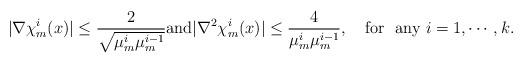
LaTeX: \begin{align*}|\nabla\chi_m^i(x)|\leq \frac{2}{\sqrt{\mu_m^i\mu_m^{i-1}}}{\rm and } |\nabla^2\chi_m^i(x)|\leq \frac{4}{ \mu_m^i\mu_m^{i-1}},\quad\mbox{for \ any}\ i=1,\cdots,k.\end{align*}